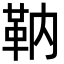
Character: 靹